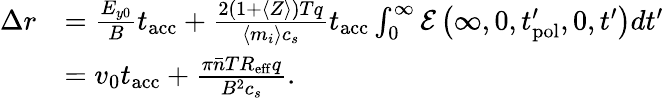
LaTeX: \begin{array}{rl}{\Delta r}&{=\frac{E_{y0}}{B}t_{\mathrm{acc}}+\frac{2(1+\langle Z\rangle)Tq}{\langle m_{i}\rangle c_{s}}t_{\mathrm{acc}}\int_{0}^{\infty}\mathcal{E}\left(\infty,0,t_{\mathrm{pol}}^{\prime},0,t^{\prime}\right)dt^{\prime}}\\ &{=v_{0}t_{\mathrm{acc}}+\frac{\pi\bar{n}TR_{\mathrm{eff}}q}{B^{2}c_{s}}.}\end{array}